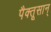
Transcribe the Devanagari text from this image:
पैक्तूसान्